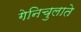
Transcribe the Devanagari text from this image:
गेनिचुलाते